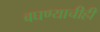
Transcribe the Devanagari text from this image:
बघण्याचीही